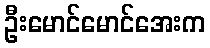
ဦးမောင်မောင်အေးက